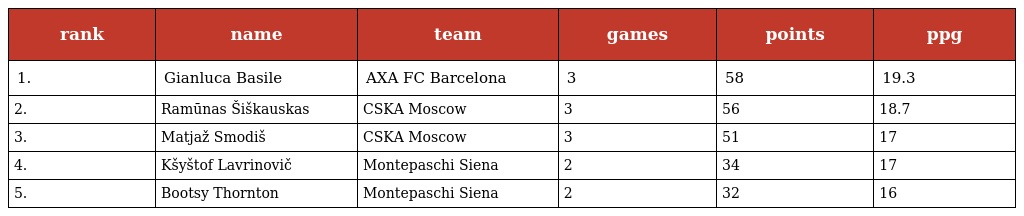
| rank | name | team | games | points | ppg |
 | --- | --- | --- | --- | --- | --- |
 | 1. | Gianluca Basile | AXA FC Barcelona | 3 | 58 | 19.3 |
 | 2. | Ramūnas Šiškauskas | CSKA Moscow | 3 | 56 | 18.7 |
 | 3. | Matjaž Smodiš | CSKA Moscow | 3 | 51 | 17 |
 | 4. | Kšyštof Lavrinovič | Montepaschi Siena | 2 | 34 | 17 |
 | 5. | Bootsy Thornton | Montepaschi Siena | 2 | 32 | 16 |